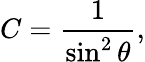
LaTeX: C={\frac{1}{\sin^{2}\theta}},